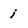
Character: i